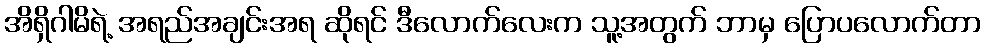
အိရှိဂါမိရဲ့ အရည်အချင်းအရ ဆိုရင် ဒီလောက်လေးက သူ့အတွက် ဘာမှ ပြောပလောက်တာ